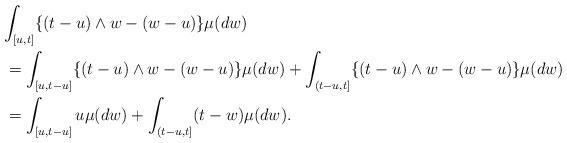
LaTeX: \begin{align*}\lefteqn{\int_{[u,t]} \{(t-u)\wedge w - (w-u)\} \mu(dw)}\\&=\int_{[u,t-u]} \{(t-u)\wedge w - (w-u)\} \mu(dw)+\int_{(t-u,t]} \{(t-u)\wedge w - (w-u)\} \mu(dw)\\&=\int_{[u,t-u]} u\mu(dw)+ \int_{(t-u,t]} (t-w) \mu(dw).\end{align*}